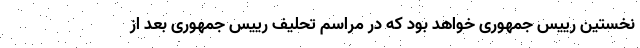
نخستین رییس جمهوری خواهد بود که در مراسم تحلیف رییس جمهوری بعد از